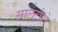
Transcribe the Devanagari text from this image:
सालटोरो